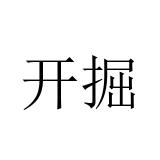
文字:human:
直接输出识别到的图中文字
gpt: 开掘